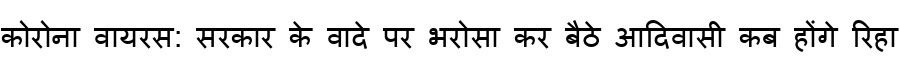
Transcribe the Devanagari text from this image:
कोरोना वायरस: सरकार के वादे पर भरोसा कर बैठे आदिवासी कब होंगे रिहा